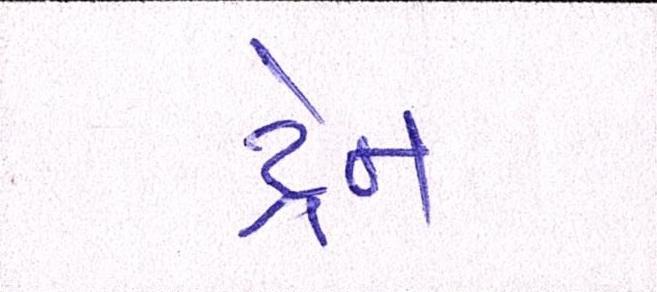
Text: ડ્રેન